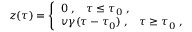
z ( \tau ) = \left\{ \begin{array} { l } { { 0 \; , \; \; \; \tau \leq \tau _ { 0 } \; , } } \\ { { v \gamma ( \tau - \tau _ { 0 } ) \; , \; \; \; \tau \geq \tau _ { 0 } \; , } } \end{array} \right.